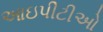
આઇપીટીઓ